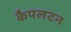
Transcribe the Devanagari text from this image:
कैपलटन